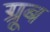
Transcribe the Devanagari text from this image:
ग्रूब